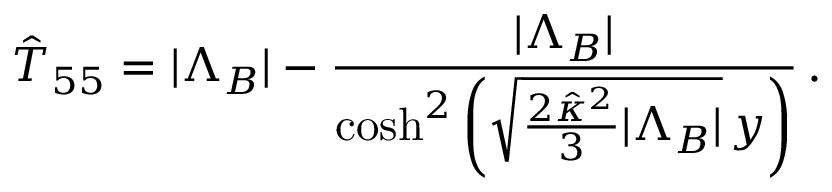
\hat { T } _ { 5 5 } = | \Lambda _ { B } | - \frac { | \Lambda _ { B } | } { \mathrm { c o s h } ^ { 2 } \left( \sqrt { \frac { 2 \hat { \kappa } ^ { 2 } } { 3 } | \Lambda _ { B } | } \, y \right) } \, .